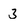
Character: 3